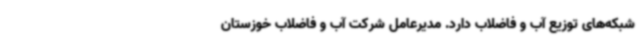
شبکه‌های توزیع آب و فاضلاب دارد. مدیرعامل شرکت آب و فاضلاب خوزستان